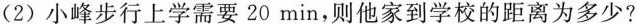
(2)小峰步行上学需要20min，则他家到学校的距离为多少?